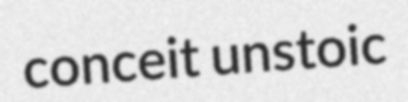
conceit unstoic